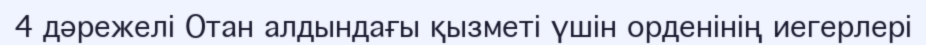
4 дәрежелі Отан алдындағы қызметі үшін орденінің иегерлері